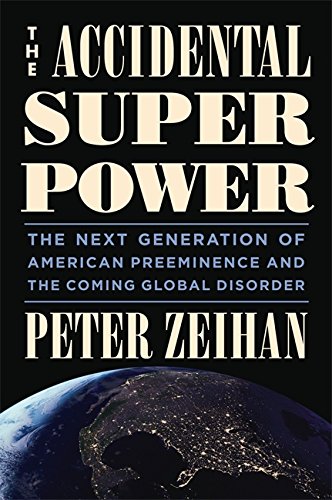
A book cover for The Accidental Superpower: The Next Generation of American Preeminence and the Coming Global Disorder; Peter Zeihan; Law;